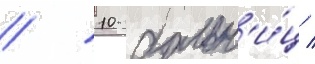
/ 10 больн'и́ц /